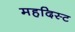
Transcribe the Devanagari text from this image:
महदिस्ट